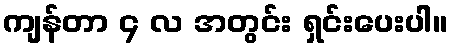
ကျန်တာ ၄ လ အတွင်း ရှင်းပေးပါ။